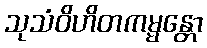
သုသံဝိဟိတကမ္မန္တော